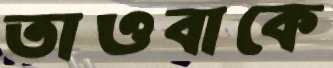
তাওবাকে